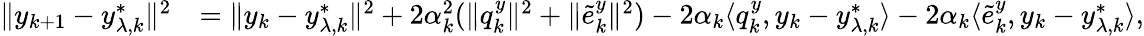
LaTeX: \begin{array}{rl}{\| y_{k+1}-y_{\lambda,k}^{*}\| ^{2}}&{=\| y_{k}-y_{\lambda,k}^{*}\| ^{2}+2\alpha_{k}^{2}(\| q_{k}^{y}\| ^{2}+\| \tilde{e}_{k}^{y}\| ^{2})-2\alpha_{k}\langle q_{k}^{y},y_{k}-y_{\lambda,k}^{*}\rangle-2\alpha_{k}\langle\tilde{e}_{k}^{y},y_{k}-y_{\lambda,k}^{*}\rangle,}\end{array}